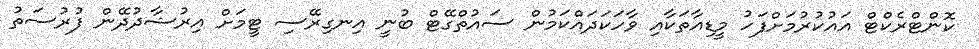
ކޮންޓްރެކްޓް އައުކުރުމަށްފަހު މީޑިއާތަކާއި ވާހަކަދައްކަމުން ސައުތްގޭޓް ބުނީ އިނގިރޭސި ޓީމަށް އިރުޝާދުދޭން ފުރުސަތު